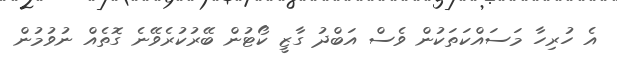
އެ ހުރިހާ މަސައްކަތަކުން ވެސް އަބްދު ގާޒީ ކޯޓުން ބޭރުކުރެވޭނެ ގޮތެއް ނުވުމުން